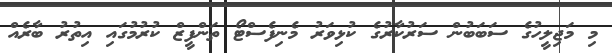
މި މަޖިލީހުގެ ސަބަބުން ސަރުކާރުގެ ކުޅިވަރު މެނިފެސްޓޯ ތަންފީޒް ކުރުމުގައި އިތުރު ބާރެއް